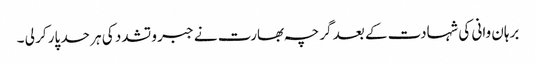
برہان وانی کی شہادت کے بعد گرچہ بھارت نے جبر و تشدد کی ہر حد پار کر لی ۔